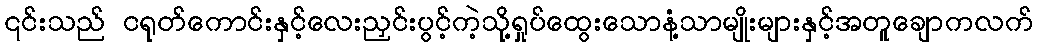
၎င်းသည် ငရုတ်ကောင်းနှင့်လေးညှင်းပွင့်ကဲ့သို့ရှုပ်ထွေးသောနံ့သာမျိုးများနှင့်အတူချောကလက်